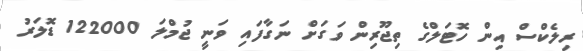
ރިލެކްސް އިން ހޮޓަލްގެ ތިޖޫރިން ވަގަށް ނަގާފައި ވަނީ ޖުމްލަ 122000 ޑޮލަރު